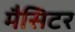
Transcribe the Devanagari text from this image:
मैसिटर